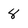
Character: 8